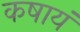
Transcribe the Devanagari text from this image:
कषायं